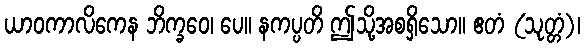
ယာဝကာလိကေန ဘိက္ခဝေ၊ ပေ။ နကပ္ပတိ ဤသို့အစရှိသော။ ဧတံ (သုတ္တံ)၊